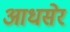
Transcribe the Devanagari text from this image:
आधसेर